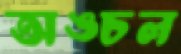
অঙ্চল